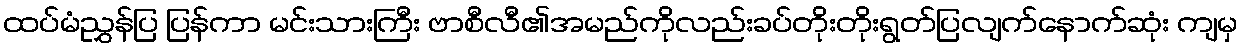
ထပ်မံညွှန်ပြ ပြန်ကာ မင်းသားကြီး ဗာစီလီ၏အမည်ကိုလည်းခပ်တိုးတိုးရွတ်ပြလျက်နောက်ဆုံး ကျမှ